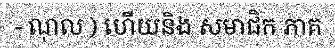
- ណុល ) ហើយនិង សមាជិក ភាគ